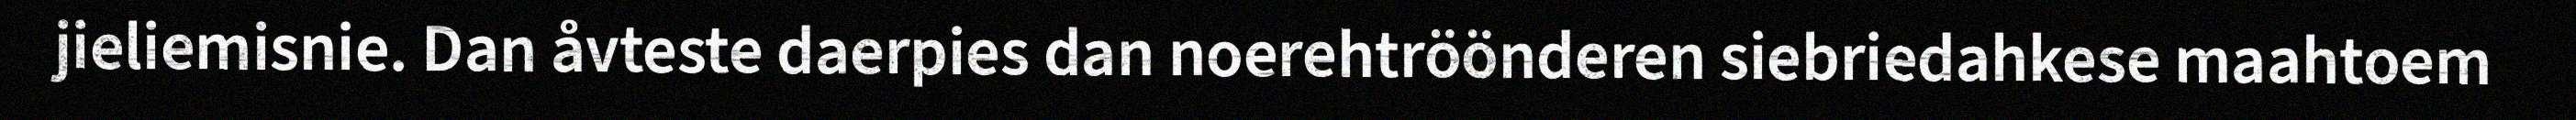
jieliemisnie. Dan åvteste daerpies dan noerehtröönderen siebriedahkese maahtoem